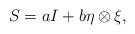
LaTeX: \begin{align*}S=aI+b\eta\otimes\xi,\end{align*}